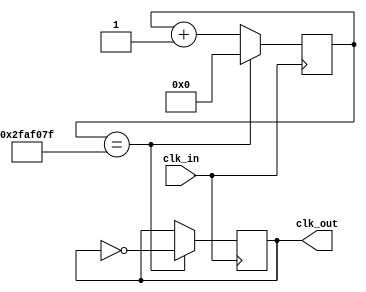
`timescale 1ns / 1ps

// For 7-segment display clock
// Authored by David J Marion

module oneHz_generator(
    input clk_in,       // 100MHz 
    output clk_out
    );
    
    reg [25:0] clk_counter = 0;
    reg clk_1Hz = 0;
    
    always @(posedge clk_in) begin
        if(clk_counter == 49_999_999) begin
            clk_counter <= 0;
            clk_1Hz <= ~clk_1Hz;
        end
        else
            clk_counter <= clk_counter + 1;
    end
    
    assign clk_out = clk_1Hz;
    
endmodule